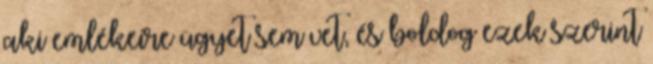
aki emlékeire ügyet sem vet, és boldog ezek szerint